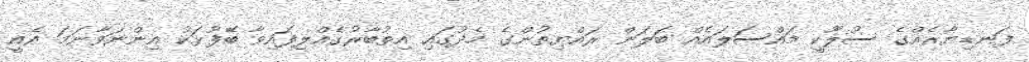
ފަނޑިޔާރެއްގެ ސުލޫކީ މައްސަލައެއް ބަލަން ރައްޔިތުންގެ މެދުގައި އިތުބާރުގެއްލިފައިވާ ބޭފުޅަކު އިންނަވާނަމަ އެއީ